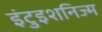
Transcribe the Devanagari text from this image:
इंटुइशनिज्म